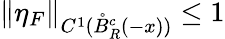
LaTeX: \| \eta_{F}\| _{C^{1}(\mathring{B}_{R}^{c}(-x))}\le 1